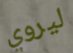
ليروي